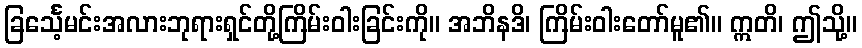
ခြင်္သေ့မင်းအလားဘုရားရှင်တို့ကြိမ်းဝါးခြင်းကို။ အဘိနဒိ၊ ကြိမ်းဝါးတော်မူ၏။ ဣတိ၊ ဤသို့။